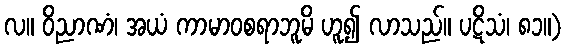
လ။ ဝိညာဏံ၊ အယံ ကာမာဝစရာဘူမိ ဟူ၍ လာသည်။ ပဋိသံ၊ ၈၁။)